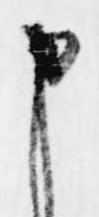
申